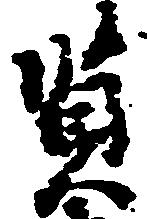
賢